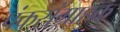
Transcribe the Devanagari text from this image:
पंकसंग्राहक